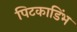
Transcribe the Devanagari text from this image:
पिटकाडिंभ